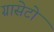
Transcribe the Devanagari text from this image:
ग्रासेटो